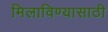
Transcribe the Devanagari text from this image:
मिलाविण्यासाठी